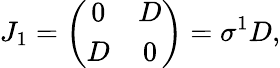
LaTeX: J_{1}=\left(\begin{array}{cc}{{0}}&{{D}}\\ {{D}}&{{0}}\end{array}\right)=\sigma^{1}D,